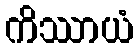
ကိဿာယံ